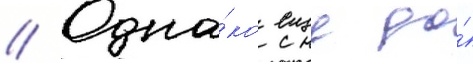
// Одна́ко еще до́